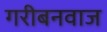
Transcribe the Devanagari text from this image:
गरीबनवाज